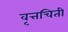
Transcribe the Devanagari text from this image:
वृत्तचिती